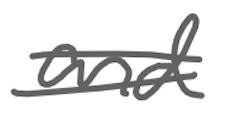
Text: and
Cross-out: double-line
Writing tool: digital_gray